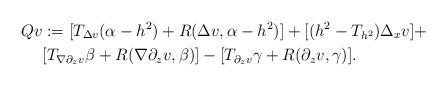
LaTeX: \begin{align*}Qv&:=[T_{\Delta v}(\alpha-h^2)+R(\Delta v, \alpha-h^2)]+[(h^2-T_{h^2})\Delta_xv]+\\&[T_{\nabla\partial_z v}\beta+R(\nabla\partial_zv, \beta)]-[T_{\partial_z v}\gamma+R(\partial_z v, \gamma)].\end{align*}